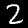
Digit: 2